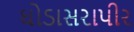
ઘોડાસરાપીર